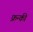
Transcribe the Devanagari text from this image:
फ्रन्की